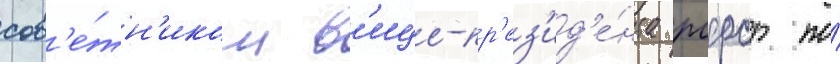
сов'е́тн'иком в'ице-пр'ез'ид'е́нта рсфср по́